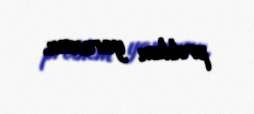
problem yaransın.